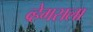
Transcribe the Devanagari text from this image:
व्हेगसला